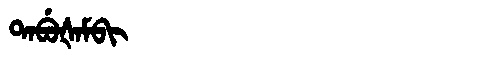
Manchu: ᡨᠠᠪᡠᡧᠠᠮᠪᡳ
Romanization: TABUŠAMBI